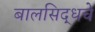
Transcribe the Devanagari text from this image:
बालसिद्धचे